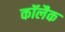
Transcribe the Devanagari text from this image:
कॉलैक